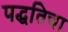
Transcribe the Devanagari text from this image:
पद्धतिचा